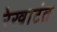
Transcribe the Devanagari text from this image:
रेखाटंत